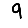
Digit: 9